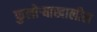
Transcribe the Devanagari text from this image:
फुलोऱ्याखालील